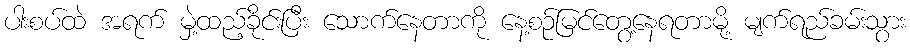
ပါးစပ်ထဲ အရက် မှဲ့ထည့်ခိုင်းပြီး သောက်နေတာကို နေ့စဉ်မြင်တွေ့နေရတာမို့ မျက်ရည်ခမ်းသွား